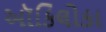
ઑકિલોકા